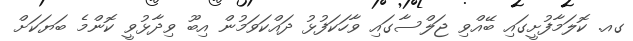
ގއ. ކޮލަމާފުށީގައި ބޭއްވި ޖަލްސާގައި ވާހަކަފުޅު ދައްކަވަމުން އިބޫ ވިދާޅުވީ ކޮންމެ ބަޔަކަށް